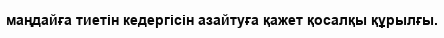
маңдайға тиетін кедергісін азайтуға қажет қосалқы құрылғы.